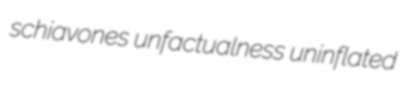
schiavones unfactualness uninflated